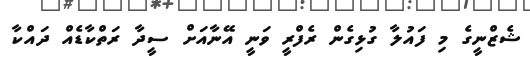
ޝެޒްނީގެ މި ފައުލާ ގުޅިގެން ރެފްރީ ވަނީ އޭނާއަށް ސީދާ ރަތްކާޑެއް ދައްކާ